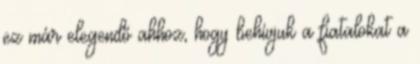
ez már elegendő ahhoz, hogy behívjuk a fiatalokat a